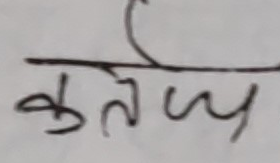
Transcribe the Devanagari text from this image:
कतेज्य